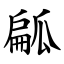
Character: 㼐